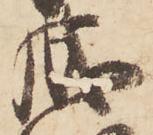
成